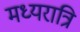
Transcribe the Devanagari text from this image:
मध्‍यरात्रि